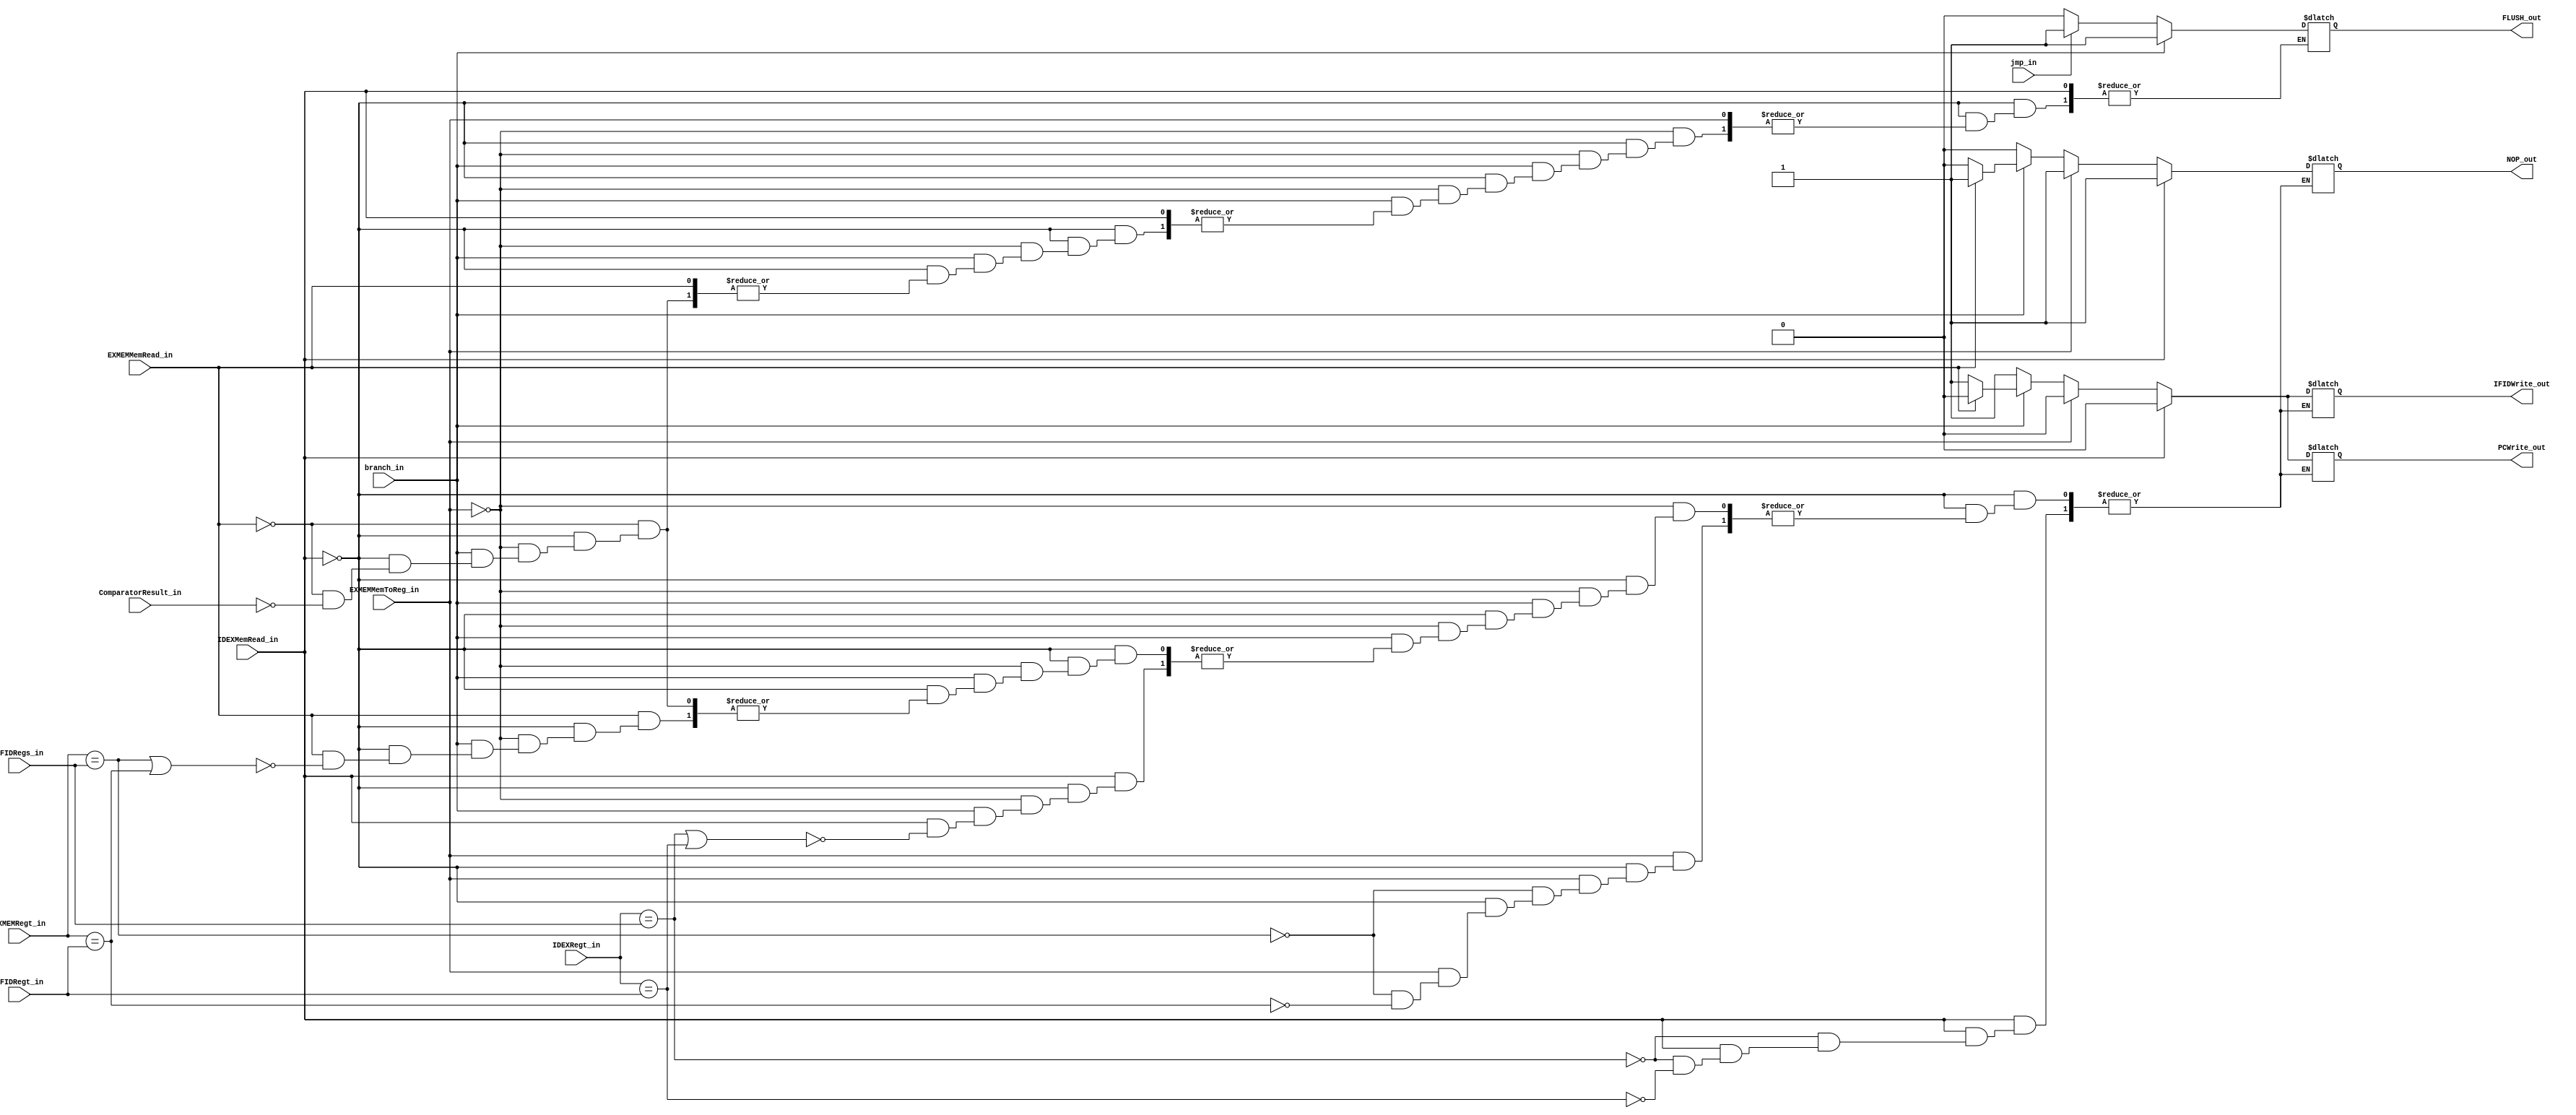
module HazardUnit(IDEXMemRead_in, EXMEMMemRead_in, EXMEMMemToReg_in, IDEXRegt_in, EXMEMRegt_in, IFIDRegs_in, IFIDRegt_in, branch_in, ComparatorResult_in, jmp_in, IFIDWrite_out, PCWrite_out, NOP_out, FLUSH_out);

  input IDEXMemRead_in, EXMEMMemRead_in, EXMEMMemToReg_in, branch_in, ComparatorResult_in, jmp_in;
  input [4:0] IDEXRegt_in, EXMEMRegt_in, IFIDRegs_in, IFIDRegt_in;
  output reg IFIDWrite_out, PCWrite_out, NOP_out, FLUSH_out;


  always@(*)begin 
  //loading hazard detection
    if(IDEXMemRead_in == 1'b1) begin
      if(IDEXRegt_in == IFIDRegs_in) begin
        NOP_out = 1'b1;
        PCWrite_out = 1'b0;
        IFIDWrite_out = 1'b0;
      end
      else if(IDEXRegt_in == IFIDRegt_in) begin
        NOP_out = 1'b1;
        PCWrite_out = 1'b0;
        IFIDWrite_out = 1'b0;
      end
    end

    else if(EXMEMMemToReg_in == 1'b1) begin
      if(EXMEMRegt_in == IFIDRegs_in) begin
        NOP_out = 1'b1;
        PCWrite_out = 1'b0;
        IFIDWrite_out = 1'b0;
      end
      else if(EXMEMRegt_in == IFIDRegt_in) begin
        NOP_out = 1'b1;
        PCWrite_out = 1'b0;
        IFIDWrite_out = 1'b0;
      end
    end

  //branch_in hazards
    else if(branch_in == 1'b1) begin
      if(IDEXMemRead_in == 1'b1) begin
        if(IDEXRegt_in == IFIDRegs_in || IDEXRegt_in == IFIDRegt_in) begin
          NOP_out = 1'b1;
          PCWrite_out = 1'b0;
          IFIDWrite_out = 1'b0;
        end
      end
      else if(EXMEMMemRead_in == 1'b1)begin //if loading to register used in branch_in 2nd instr before branch_in
        if(EXMEMRegt_in == IFIDRegs_in || EXMEMRegt_in == IFIDRegt_in)begin 
          NOP_out = 1'b1;
          PCWrite_out = 1'b0;
          IFIDWrite_out = 1'b0;
        end
      end
      else if(ComparatorResult_in == 1'b1)begin //if actually branching
        NOP_out = 1'b0;
        PCWrite_out = 1'b1;
        IFIDWrite_out = 1'b1;
        FLUSH_out = 1'b1;
      end//ComparatorResult_in
    end //branch_in
    else if(jmp_in == 1'b1) begin
      NOP_out = 1'b0;
      PCWrite_out = 1'b1;
      IFIDWrite_out = 1'b1;
      FLUSH_out = 1'b1;
    end
    else begin
      NOP_out = 1'b0;
      PCWrite_out = 1'b1;
      IFIDWrite_out = 1'b1;
      FLUSH_out = 1'b0;
    end //else
  end //always

endmodule